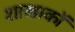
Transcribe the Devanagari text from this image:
शाखाकों